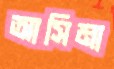
আসিমা